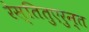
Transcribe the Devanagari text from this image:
रेस्तितुएरुन्त